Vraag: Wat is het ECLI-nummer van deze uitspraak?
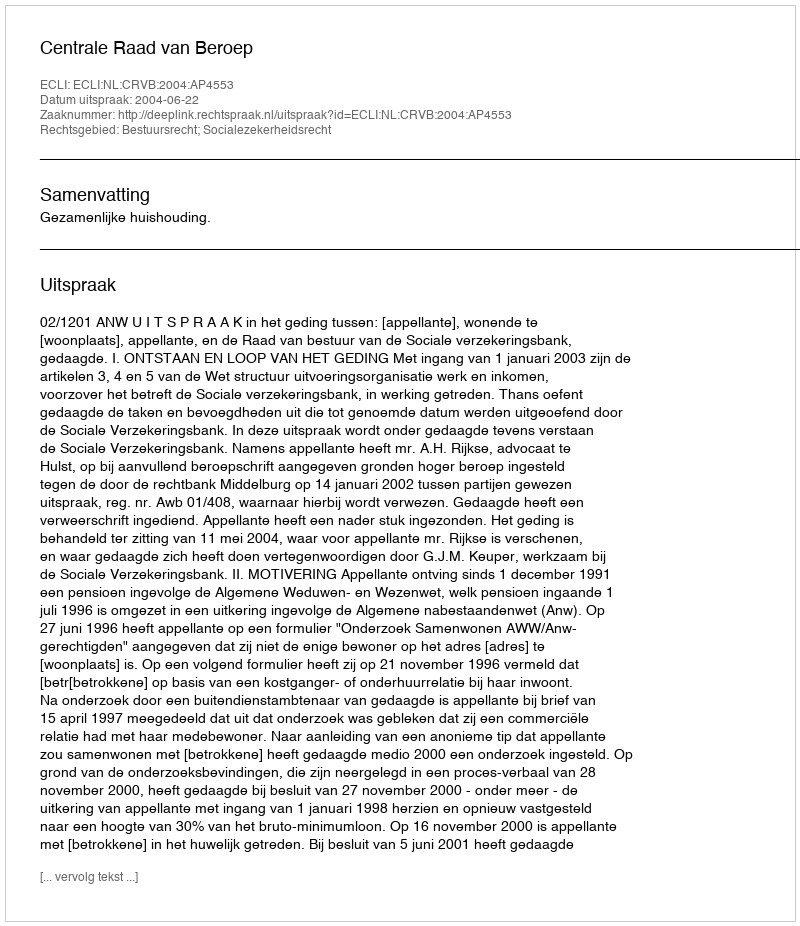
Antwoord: ECLI:NL:CRVB:2004:AP4553